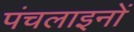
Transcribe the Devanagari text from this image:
पंचलाइनों